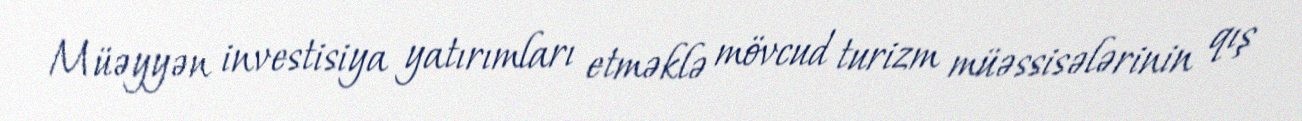
Müəyyən investisiya yatırımları etməklə mövcud turizm müəssisələrinin qış